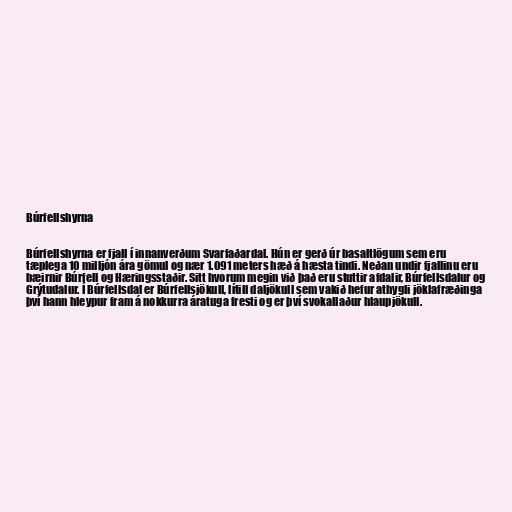
Búrfellshyrna

Búrfellshyrna er fjall í innanverðum Svarfaðardal. Hún er gerð úr basaltlögum sem eru
tæplega 10 milljón ára gömul og nær 1.091 meters hæð á hæsta tindi. Neðan undir fjallinu eru
bæirnir Búrfell og Hæringsstaðir. Sitt hvorum megin við það eru stuttir afdalir, Búrfellsdalur og
Grýtudalur. Í Búrfellsdal er Búrfellsjökull, lítill daljökull sem vakið hefur athygli jöklafræðinga
því hann hleypur fram á nokkurra áratuga fresti og er því svokallaður hlaupjökull.